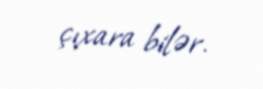
çıxara bilər.